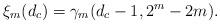
LaTeX: \begin{align*}\xi_m(d_c) = \gamma_m(d_c-1, 2^m - 2m).\end{align*}